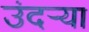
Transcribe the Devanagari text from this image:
उंदर्‍या